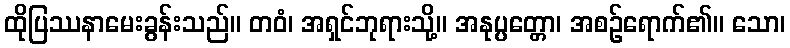
ထိုပြဿနာမေးခွန်းသည်။ တဝံ၊ အရှင်ဘုရားသို့။ အနုပ္ပတ္တော၊ အစဉ်ရောက်၏။ သော၊